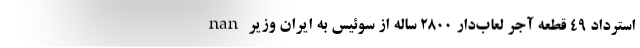
nan استرداد ۴۹ قطعه آجر لعاب‌دار ۲۸۰۰ ساله از سوئیس به ایران وزیر